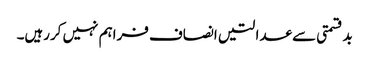
بدقسمتی سے عدالتیں انصاف فراہم نہیں کررہیں۔